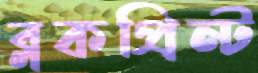
ব্লকপ্রিন্ট